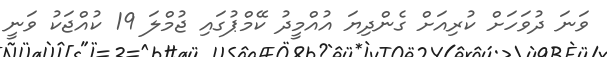
ވަނަ ދުވަހަށް ކުރިއަށް ގެންދިޔަ އުއްމީދު ކޭމްޕުގައި ޖުމްލަ 19 ކުއްޖަކު ވަނީ